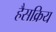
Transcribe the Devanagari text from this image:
हैसक्रिय